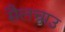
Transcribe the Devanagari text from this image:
सैलचाउ